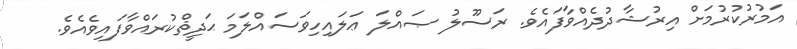
އަމުރުކުރުމަށް އިރުޝާދުދެއްވާފައެވެ. ރަސޫލު ޞައްލަ ޢަލައިހިވަސައްލަމަ ޙަދީޘްކުރައްވާފައިވެއެވެ.